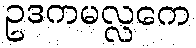
ဥဒကမလ္လကေ